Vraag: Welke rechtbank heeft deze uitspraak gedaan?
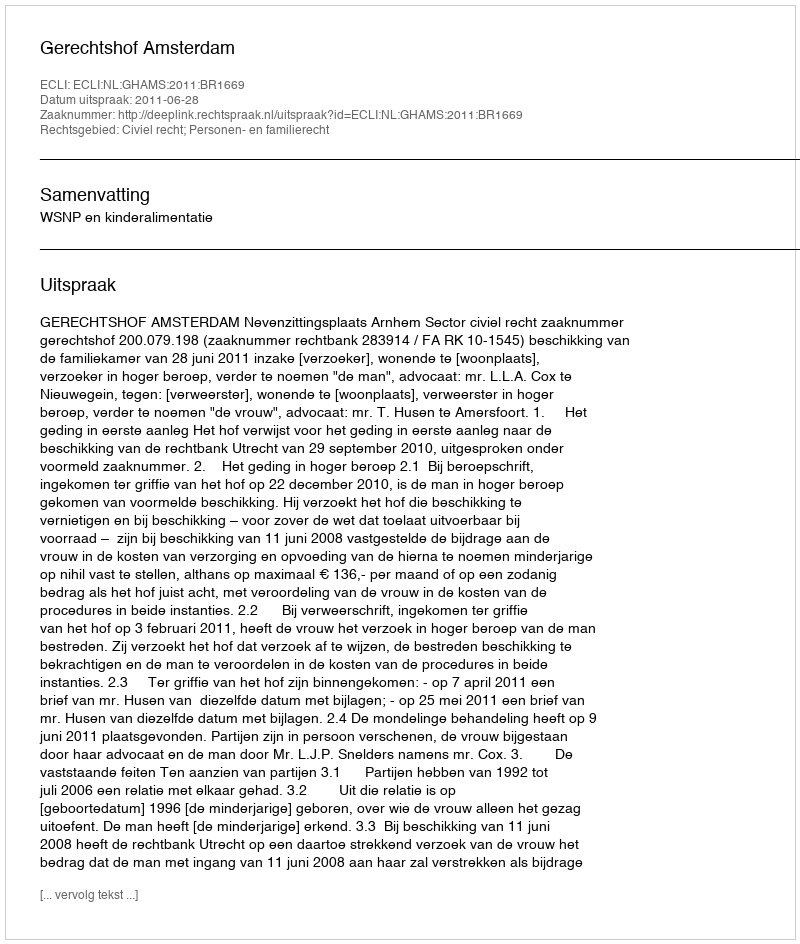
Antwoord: Gerechtshof Amsterdam